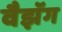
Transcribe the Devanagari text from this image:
वैझॅग